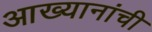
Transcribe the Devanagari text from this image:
आख्यानांची